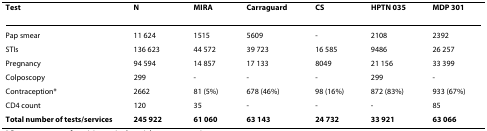
| Test | N | MIRA | Carraguard | CS | HPTN 035 | MDP 301 |
 | --- | --- | --- | --- | --- | --- | --- |
 | Pap smear | 11 624 | 1515 | 5609 | - | 2108 | 2392 |
 | STIs | 136 623 | 44 572 | 39 723 | 16 585 | 9486 | 26 257 |
 | Pregnancy | 94 594 | 14 857 | 17 133 | 8049 | 21 156 | 33 399 |
 | Colposcopy | 299 | - | - | - | 299 | - |
 | Contraception* | 2662 | 81 (5%) | 678 (46%) | 98 (16%) | 872 (83%) | 933 (67%) |
 | CD4 count | 120 | 35 | - | - | - | 85 |
 | Total number of tests/services | 245 922 | 61 060 | 63 143 | 24 732 | 33 921 | 63 066 |